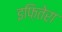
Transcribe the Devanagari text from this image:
इफ़ितेरा